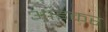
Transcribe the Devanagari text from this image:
आइकर